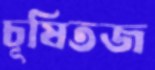
চূষিতজ